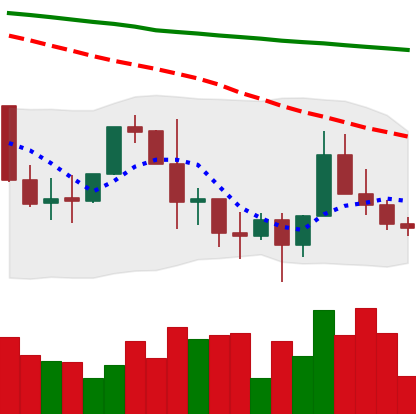
Ticker: XLM-USD
Chart end date: 2022-01-16
Forward return: -21.556%
Label: down_7plus